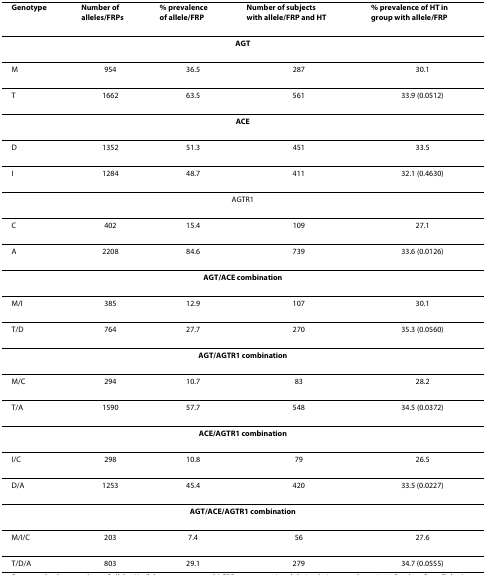
<table><thead><tr><td><b>Genotype</b></td><td><b>Number of alleles/FRPs</b></td><td><b>% prevalence of allele/FRP</b></td><td><b>Number of subjects with allele/FRP and HT</b></td><td><b>% prevalence of HT in group with allele/FRP</b></td></tr></thead><tbody><tr><td colspan="5"><b>AGT</b></td></tr><tr><td>M</td><td>954</td><td>36.5</td><td>287</td><td>30.1</td></tr><tr><td>T</td><td>1662</td><td>63.5</td><td>561</td><td>33.9 (0.0512)</td></tr><tr><td colspan="5"><b>ACE</b></td></tr><tr><td>D</td><td>1352</td><td>51.3</td><td>451</td><td>33.5</td></tr><tr><td>I</td><td>1284</td><td>48.7</td><td>411</td><td>32.1 (0.4630)</td></tr><tr><td colspan="5">AGTR1</td></tr><tr><td>C</td><td>402</td><td>15.4</td><td>109</td><td>27.1</td></tr><tr><td>A</td><td>2208</td><td>84.6</td><td>739</td><td>33.6 (0.0126)</td></tr><tr><td colspan="5"><b>AGT/ACE combination</b></td></tr><tr><td>M/I</td><td>385</td><td>12.9</td><td>107</td><td>30.1</td></tr><tr><td>T/D</td><td>764</td><td>27.7</td><td>270</td><td>35.3 (0.0560)</td></tr><tr><td colspan="5"><b>AGT/AGTR1 combination</b></td></tr><tr><td>M/C</td><td>294</td><td>10.7</td><td>83</td><td>28.2</td></tr><tr><td>T/A</td><td>1590</td><td>57.7</td><td>548</td><td>34.5 (0.0372)</td></tr><tr><td colspan="5"><b>ACE/AGTR1 combination</b></td></tr><tr><td>I/C</td><td>298</td><td>10.8</td><td>79</td><td>26.5</td></tr><tr><td>D/A</td><td>1253</td><td>45.4</td><td>420</td><td>33.5 (0.0227)</td></tr><tr><td colspan="5"><b>AGT/ACE/AGTR1 combination</b></td></tr><tr><td>M/I/C</td><td>203</td><td>7.4</td><td>56</td><td>27.6</td></tr><tr><td>T/D/A</td><td>803</td><td>29.1</td><td>279</td><td>34.7 (0.0555)</td></tr></tbody></table>